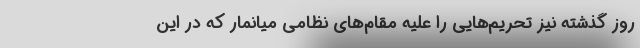
روز گذشته نیز تحریم‌هایی را علیه مقام‌های نظامی میانمار که در این